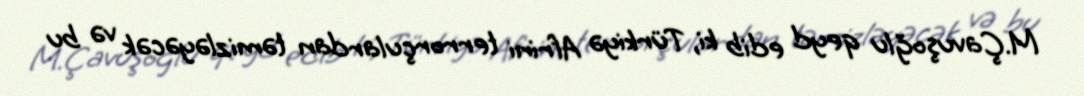
M.Çavuşoğlu qeyd edib ki, Türkiyə Afrini terrorçulardan təmizləyəcək və bu